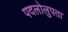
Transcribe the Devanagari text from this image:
पदलोलुपता